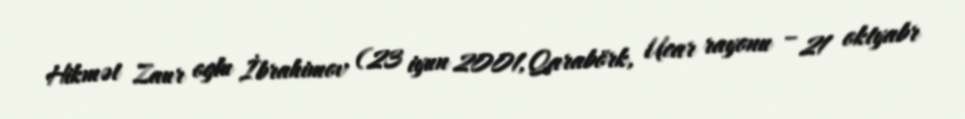
Hikmət Zaur oglu İbrahimov (23 iyun 2001, Qarabörk, Ucar rayonu – 21 oktyabr